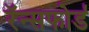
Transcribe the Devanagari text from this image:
रॅन्सफोर्ड